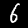
Label: 6